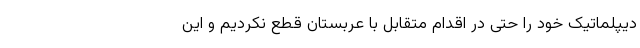
دیپلماتیک خود را حتی در اقدام متقابل با عربستان قطع نکردیم و این